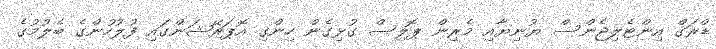
ޑްރަގް އިންޓެލިޖެންސް ޔުނިޔާއި މެރިން ޕޮލިސް ގުޅިގެން ހިންގި އޮޕަރޭޝަންގައި ފުލުހުންގެ ބެލުމުގެ